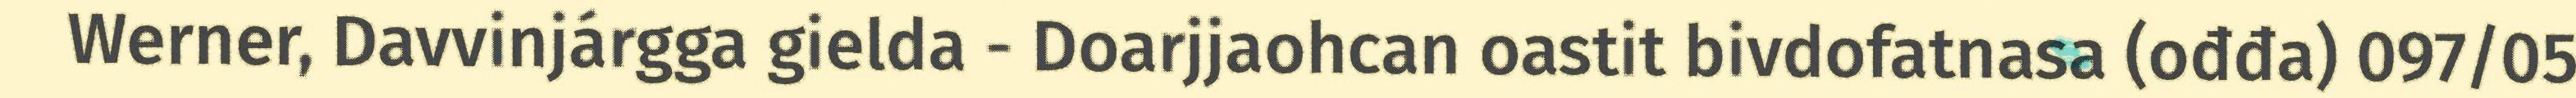
Werner, Davvinjárgga gielda - Doarjjaohcan oastit bivdofatnasa (ođđa) 097/05